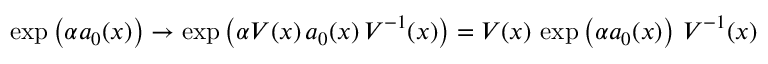
\exp \left( \alpha a _ { 0 } ( x ) \right) \to \exp \left( \alpha V ( x ) \, a _ { 0 } ( x ) \, V ^ { - 1 } ( x ) \right) = V ( x ) \, \exp \left( \alpha a _ { 0 } ( x ) \right) \, V ^ { - 1 } ( x )